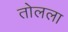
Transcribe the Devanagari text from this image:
तोलला